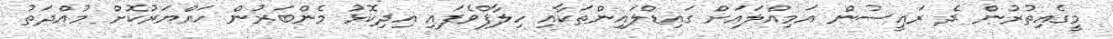
މީގެއިތުރުން ދެ ރައީސުން އަމިއްލައަށް ގައިޑްލައިންތަކާއި ހިލާފްވެފައި އިދިކޮޅު މެންބަރުން ހައްޔަރުކޮށް މުއްދަތު